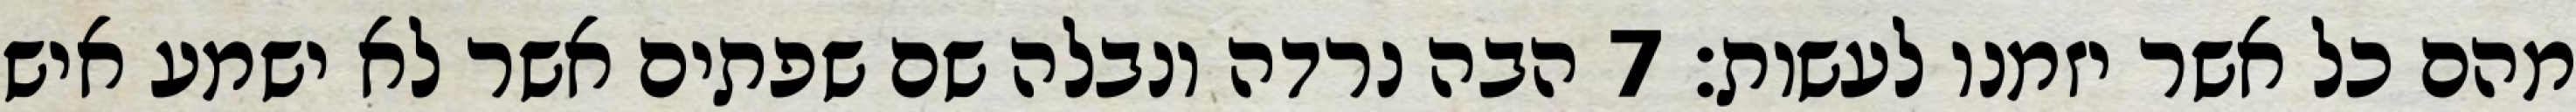
מהם כל אשר יזמנו לעשות׃ ‎7‏ הבה נרדה ונבלה שם שפתים אשר לא ישמע איש